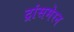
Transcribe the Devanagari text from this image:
ट्रांसमेरन